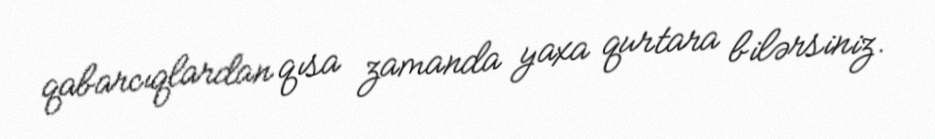
qabarcıqlardan qısa zamanda yaxa qurtara bilərsiniz.